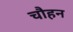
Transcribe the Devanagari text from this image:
चौहन